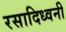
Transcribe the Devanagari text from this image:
रसादिध्वनी